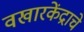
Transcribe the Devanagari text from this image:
वखारकेंद्राचे